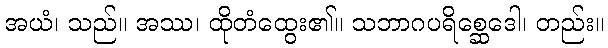
အယံ၊ သည်။ အဿ၊ ထိုတံထွေး၏။ သဘာဂပရိစ္ဆေဒေါ၊ တည်း။